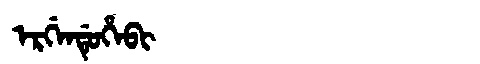
Manchu: ᡝᡵᡤᡝᠨᡩᡠᡥᡝᠪᡳ
Romanization: ERGENDUHEBI